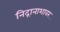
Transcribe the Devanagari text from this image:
निद्रानाशावर